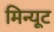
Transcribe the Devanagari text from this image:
मिन्यूट